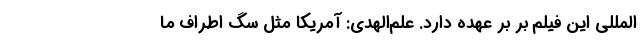
‌المللی این فیلم بر بر عهده دارد. علم‌الهدی: آمریکا مثل سگ اطراف ما